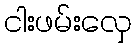
ငါးဖမ်းလှေ